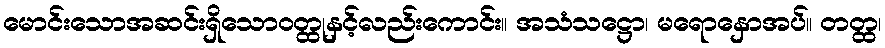
မောင်းသောအဆင်းရှိသောဝတ္ထုနှင့်လည်းကောင်း။ အသံသဋ္ဌော၊ မရောနှောအပ်။ တတ္ထ၊